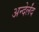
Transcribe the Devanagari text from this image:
अन्देर्लंद